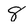
Character: 8